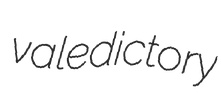
valedictory